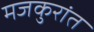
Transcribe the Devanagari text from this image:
मजकुरांत